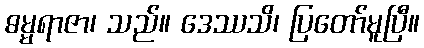
ဓမ္မရာဇာ၊ သည်။ ဒေဿသိ၊ ပြတော်မူပြီ။